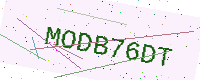
Text: MODB76DT